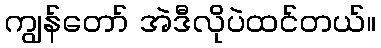
ကျွန်တော် အဲဒီလိုပဲထင်တယ်။